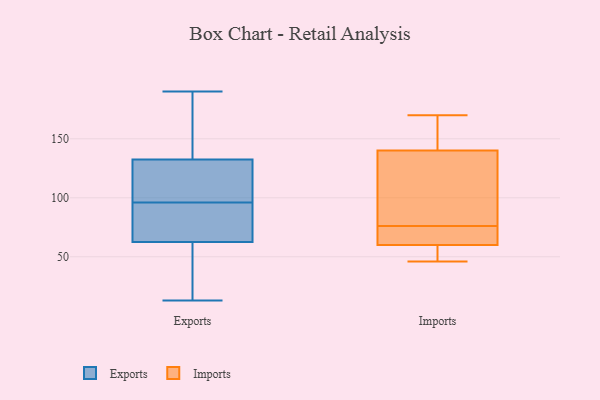
{"axis": {"x": "Latency (ms)", "y": "Value"}, "legend": ["Exports", "Imports"], "data": [{"x": "", "y": 96, "type": "Exports"}, {"x": "", "y": 109, "type": "Exports"}, {"x": "", "y": 140, "type": "Exports"}, {"x": "", "y": 60, "type": "Exports"}, {"x": "", "y": 136, "type": "Exports"}, {"x": "", "y": 13, "type": "Exports"}, {"x": "", "y": 185, "type": "Exports"}, {"x": "", "y": 122, "type": "Exports"}, {"x": "", "y": 148, "type": "Exports"}, {"x": "", "y": 81, "type": "Exports"}, {"x": "", "y": 79, "type": "Exports"}, {"x": "", "y": 103, "type": "Exports"}, {"x": "", "y": 122, "type": "Exports"}, {"x": "", "y": 190, "type": "Exports"}, {"x": "", "y": 52, "type": "Exports"}, {"x": "", "y": 28, "type": "Exports"}, {"x": "", "y": 70, "type": "Exports"}, {"x": "", "y": 79, "type": "Exports"}, {"x": "", "y": 47, "type": "Exports"}, {"x": "", "y": 46, "type": "Imports"}, {"x": "", "y": 50, "type": "Imports"}, {"x": "", "y": 85, "type": "Imports"}, {"x": "", "y": 170, "type": "Imports"}, {"x": "", "y": 61, "type": "Imports"}, {"x": "", "y": 59, "type": "Imports"}, {"x": "", "y": 162, "type": "Imports"}, {"x": "", "y": 80, "type": "Imports"}, {"x": "", "y": 125, "type": "Imports"}, {"x": "", "y": 155, "type": "Imports"}, {"x": "", "y": 63, "type": "Imports"}, {"x": "", "y": 72, "type": "Imports"}]}